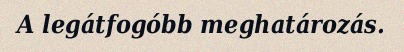
A legátfogóbb meghatározás.